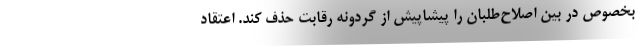
بخصوص در بین اصلاح‌طلبان را پیشاپیش از گردونه رقابت حذف کند. اعتقاد